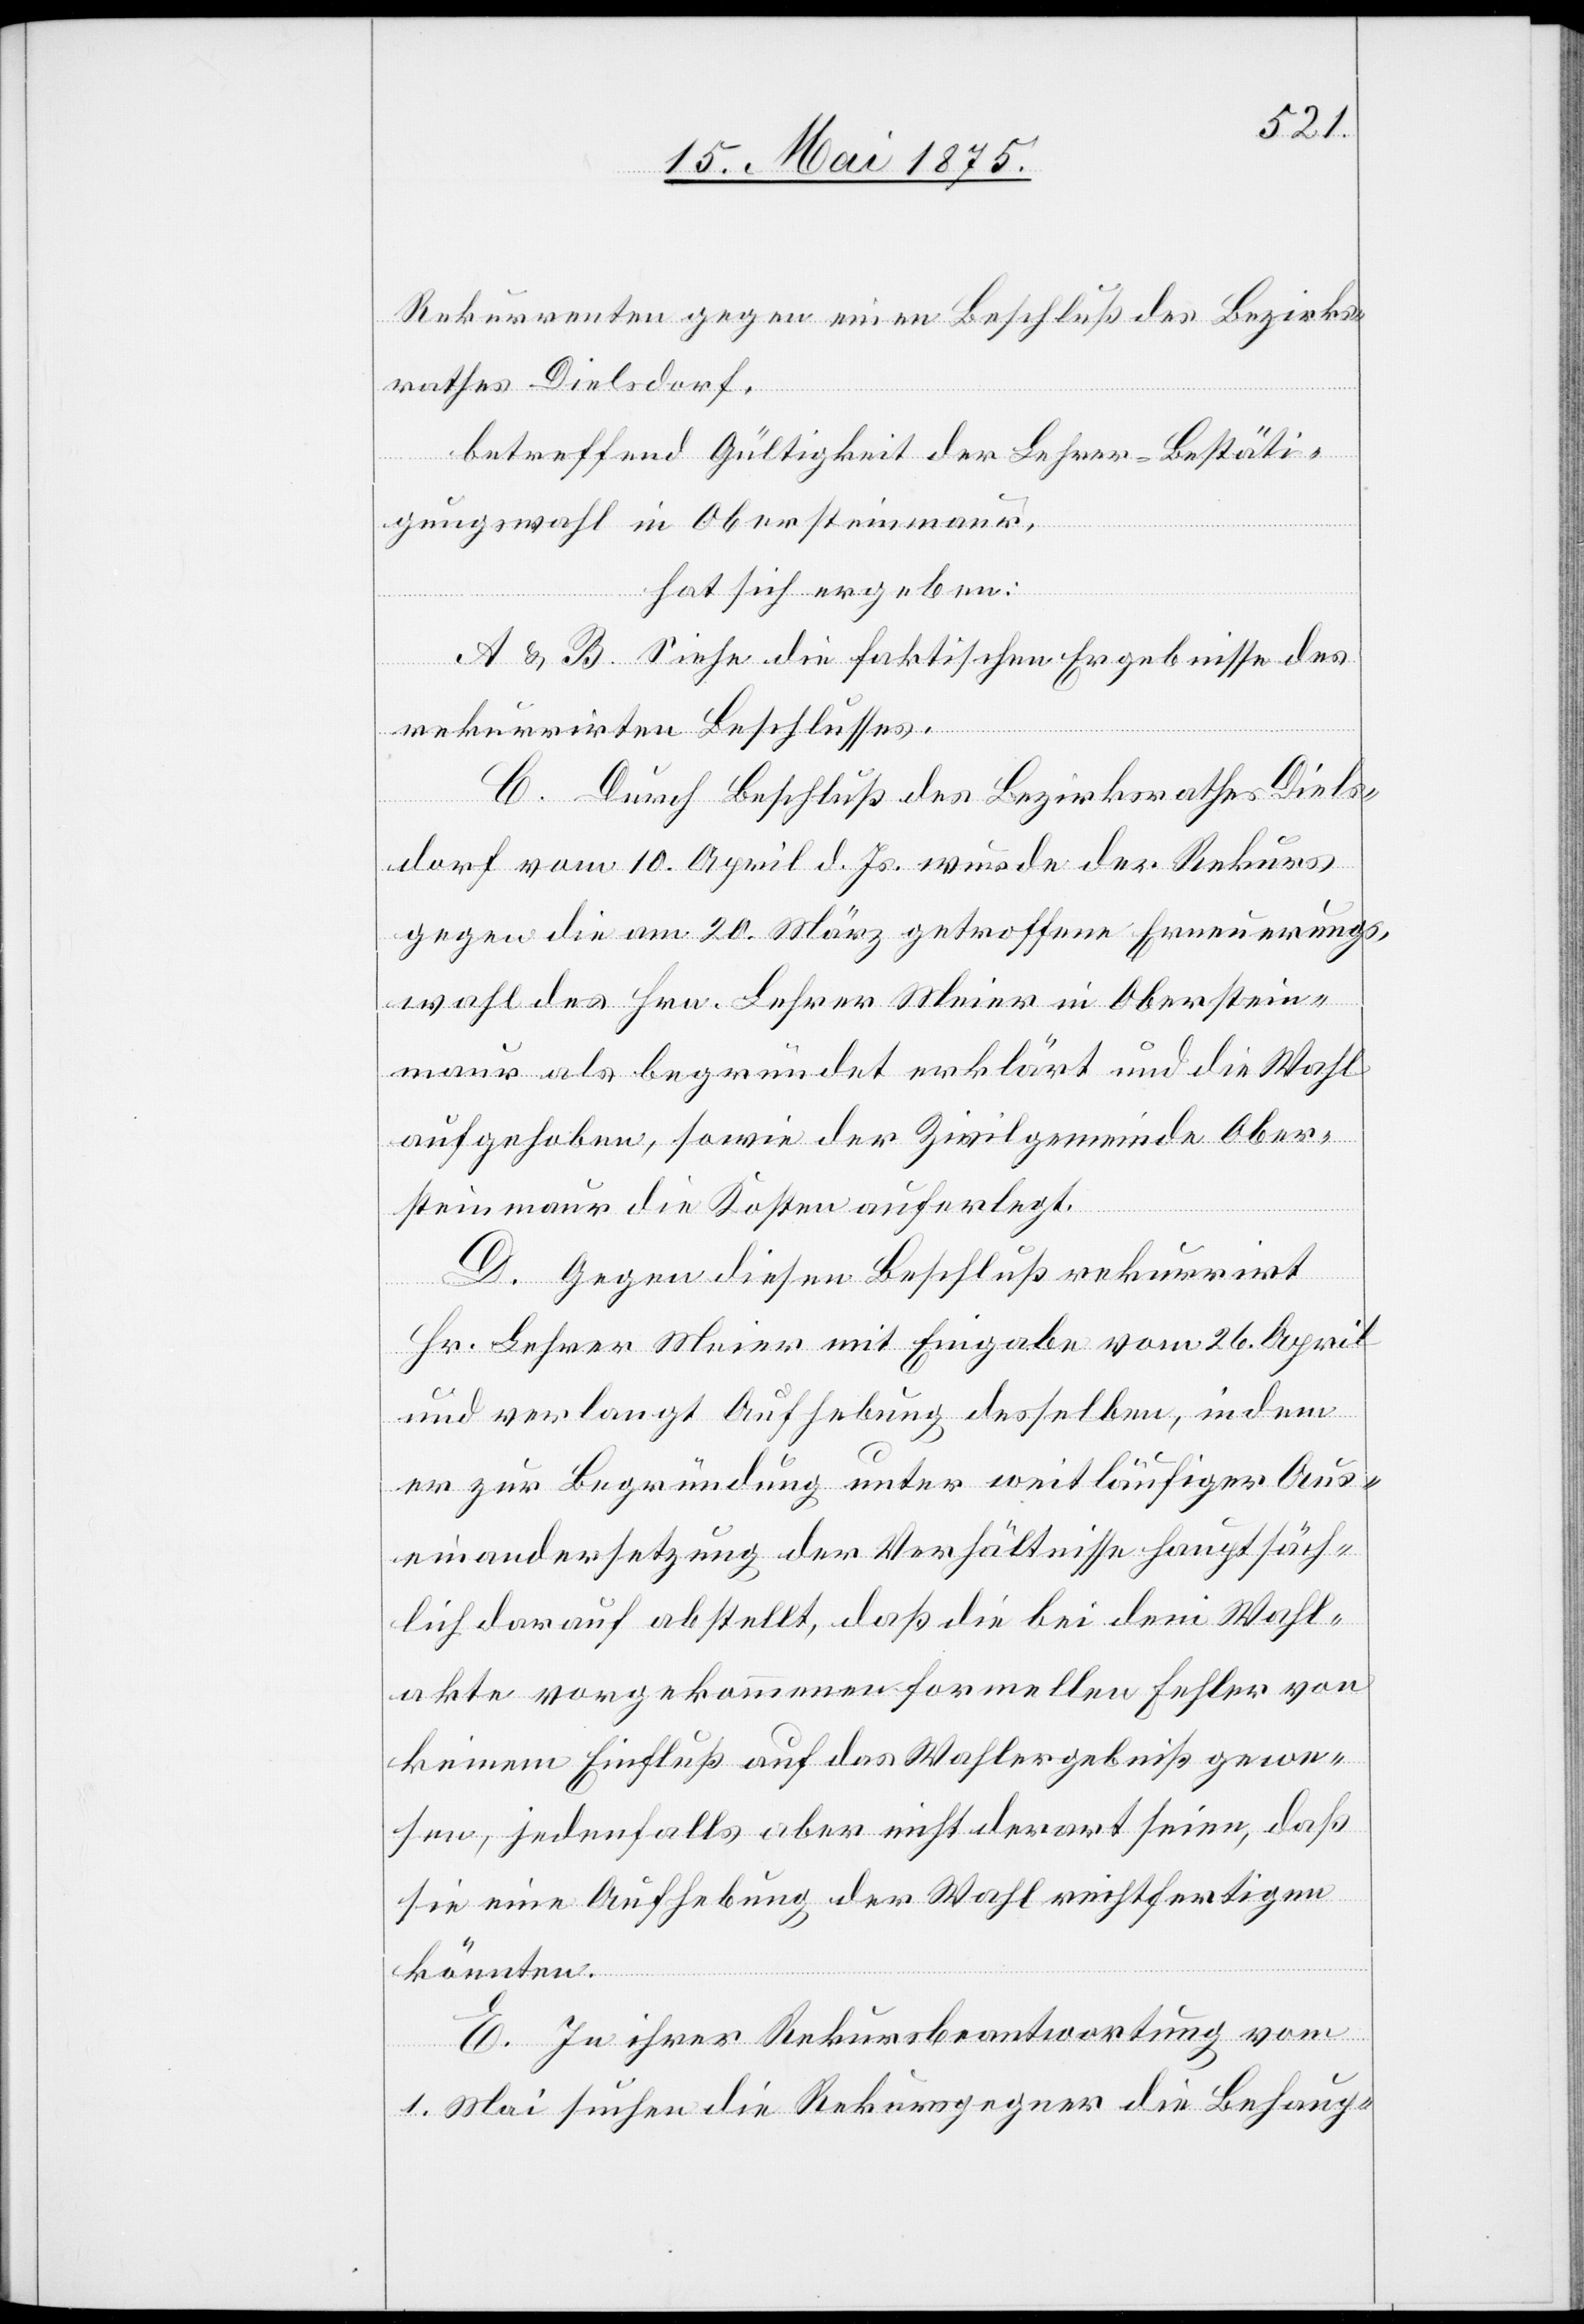
Rekurrenten gegen einen Beschluß des Bezirks¬
rathes Dielsdorf,
betreffend Gültigkeit der Lehrer-Bestäti¬
gungswahl in Obersteinmaur,
hat sich ergeben:
A & B. Siehe die faktischen Ergebnisse des
rekurrirten Beschlusses.
C. Durch Beschluß des Bezirksrathes Diels¬
dorf vom 10. April d. Js. wurde der Rekurs
gegen die am 20. März getroffene Erneuerungs¬
wahl des Hrn. Lehrer Meier in Oberstein¬
maur als begründet erklärt und die Wahl
aufgehoben, sowie der Zivilgemeinde Ober¬
steinmaur die Kosten auferlegt.
D. Gegen diesen Beschluß rekurrirt
Hr. Lehrer Meier mit Eingabe vom 26. April
und verlangt Aufhebung desselben, in dem
er zur Begründung unter weitläufiger Aus¬
einandersetzung der Verhältnisse hauptsäch¬
lich darauf abstellt, daß die bei dem Wahl¬
akte vorgekommenen formellen Fehler von
keinem Einfluß auf das Wahlergebniß gewe¬
sen, jedenfalls aber nicht derart seien, daß
sie eine Aufhebung der Wahl rechtfertigen
könnten.
E. In ihrer Rekursbeantwortung vom
1. Mai suchen die Rekursgegner die Behaup-